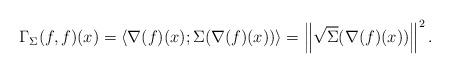
LaTeX: \begin{align*}\Gamma_{\Sigma}(f,f)(x) = \langle \nabla(f)(x); \Sigma (\nabla(f)(x)) \rangle = \left\|\sqrt{\Sigma} (\nabla(f)(x))\right\|^2.\end{align*}